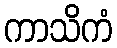
ကာသိကံ